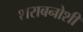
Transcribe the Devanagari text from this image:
शराबनोशी